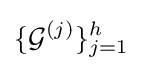
\{{\mathcal {G}}^{(j)}\}_{j=1}^{h}